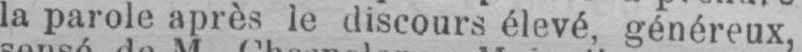
la parole après le discours élevé généreux,